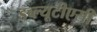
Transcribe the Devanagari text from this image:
डब्ल्यूटीएसी